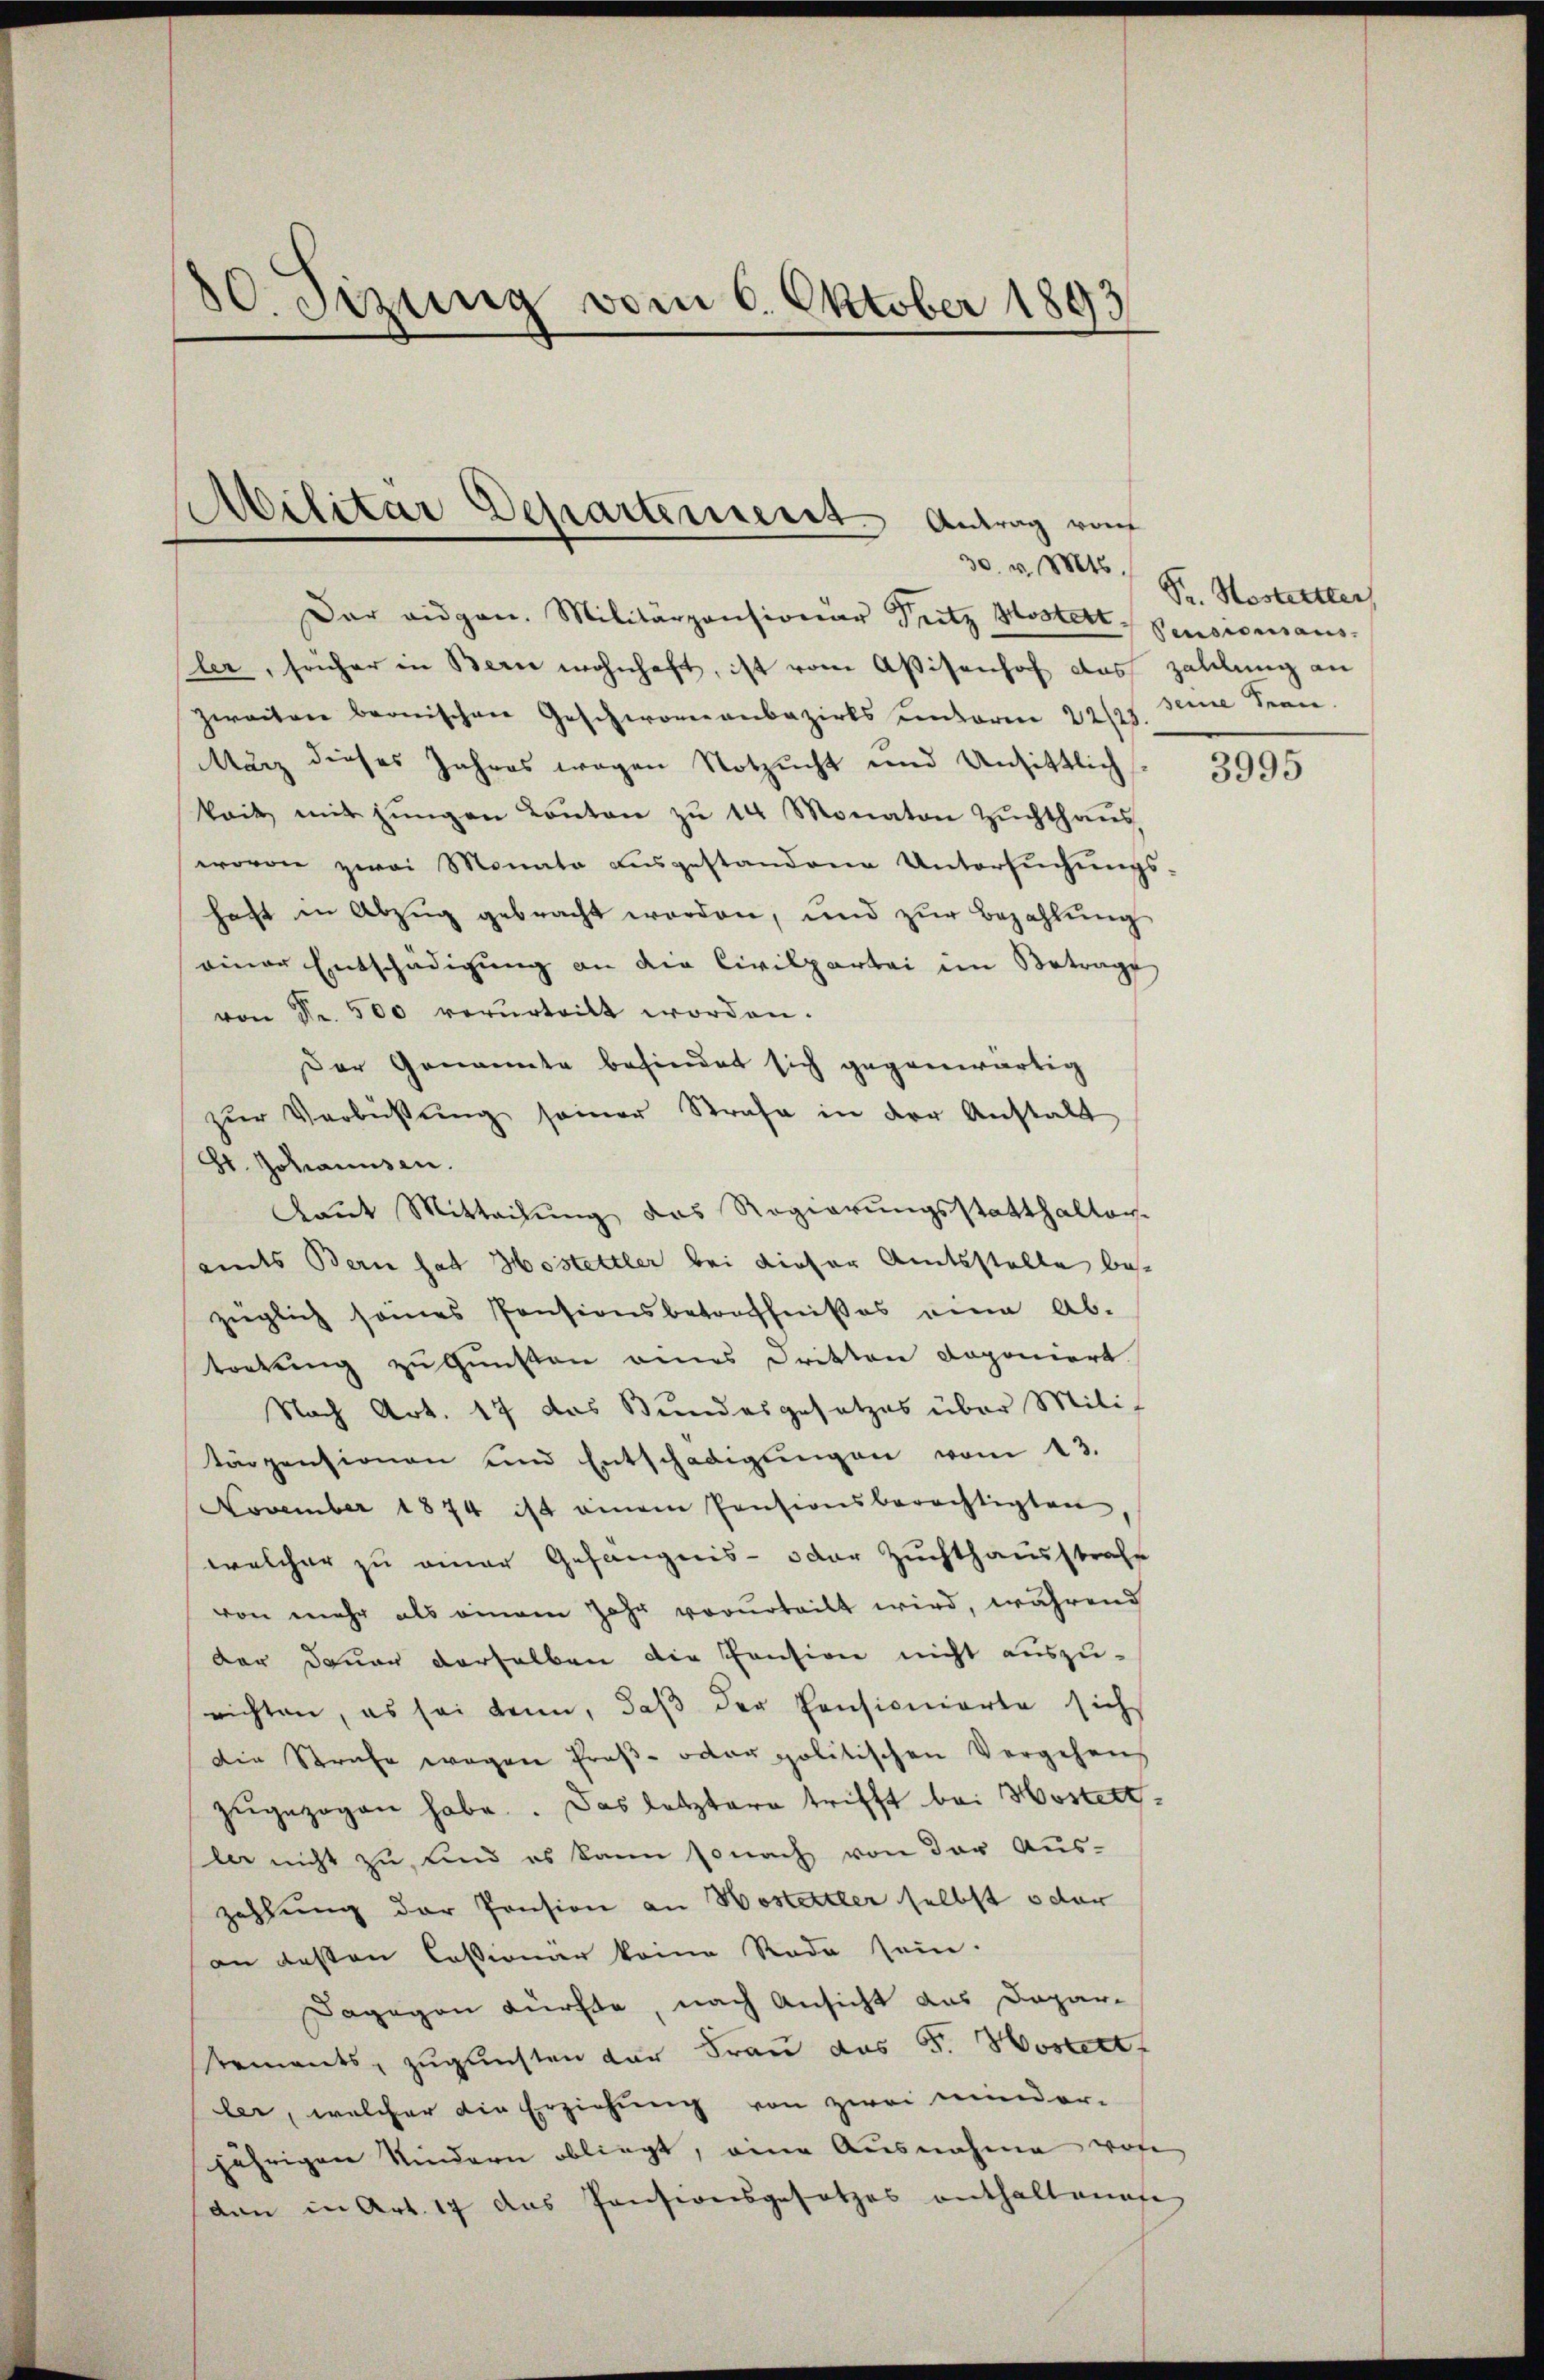
50. Sizung vom 6. Oktober 1893

Militar Departement Antrag vom
30. v. Mts.

Der eidgen. Militärzensionar Pritz Mostett, Pensionsaus-
sler, früher in Bern wohnhaft, ist vom Aßisenhof das zahlung an
Zweiten bernischen Geschworeanbazirks Centoren 22/27. Jene Seen
März dieses Jahres wegen Notzucht und Unsittlich
kait mit jungen Conton zŭ 14 Monaton Zŭchthaŭs
wovon zwei Monate ausgestandene Untersuchungs-
haft in Abzŭg gebracht werden, und zŭr Bezahlŭng
einer Entschädigung an die Civilpertei im Betrage
von Nr. 500 verurteilt worden.
Der Genannte befindet sich gegenwärtig
zŭr Verbüßung seiner Strafe in der Anstalt
St. Johannsen.
Kkaut Mitteilung das Regierungsstatthalten-
amts Bern hat Hostettler bei dieser Amtsstelle beszüglich seines Pensionsbetreffnißes eine Ab-
tortung zu Gunsten eines Dritten doponiert
Nach Art. 17 das Bundesgesetzes über Mili-
tärpensionen und Entschädigŭngen vom 13.
November 1874 ist einem Pensionsberechtigten
welcher zu einer Gefängnis- oder Zuchthausstrafe
von mehr als einem Jahr vorurteilt wird, während
der Dauer derselben die Pension nicht auszu-
richten, es sei kann, daβ der Pensionierte sich
Die Strafe wegen Proß- oder politischen Vergehens
zŭgezogen habe. Das letztere trifft bei Hostettder nicht zu, und es kann sonach von der Auszahlung der Pension an Hostettler selbst oder
an besten Cassionar keine Rade sein.
Dagegen dürfte, nach Ansicht das Daparements, zugleichten der Frau das K. Hosett
ler, welcher die Erziehung von zwei minder-
jährigen Kindern obliegt, eine Ausnahme von
dan in Art. 17 das Pensionsgesetzes enthaltenafe

Pr. Bestritter

3995